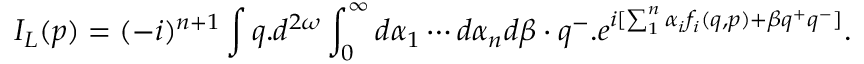
I _ { L } ( p ) = ( - i ) ^ { n + 1 } \int q . d ^ { 2 \omega } \int _ { 0 } ^ { \infty } d \alpha _ { 1 } \cdots d \alpha _ { n } d \beta \cdot q ^ { - } . e ^ { i [ \sum _ { 1 } ^ { n } \alpha _ { i } f _ { i } ( q , p ) + \beta q ^ { + } q ^ { - } ] } .